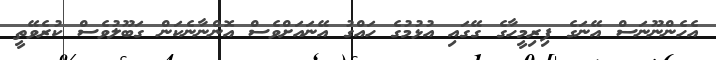
އެހެންނޫނަސް އޭނަގެ ފިރިމީހާގެ ގޭގައި އުޅުމުގެ ހައްގު އޭނައަށްވެސް އޮންނާނެކަން ގަބޫލުވެސް ކުރެވޭތީ